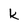
Character: k